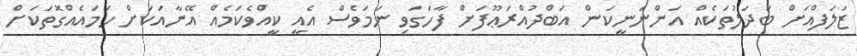
ޒަލަފްއަށް ބަދަލުތަކެއް އަންނަނީކަން އަބްދުއްރަޢޫފަށް ފާހަގަވި ނަމަވެސް އެއީ ކީއްވެކަމެއް އޭނާއަކަށް ހަމައެއްގޮތަކަށް